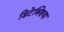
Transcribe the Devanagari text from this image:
डिटेक्शिया